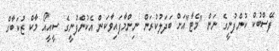
ފޭސްބުކް ކުންފުނީގެ ނަން "މެޓާ"އަށް ބަދަލުކުރަން ނިންމާފައިވާކަން އެކުންފުނީގެ ސީއީއޯ މާކް ޒުކަބާގް